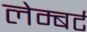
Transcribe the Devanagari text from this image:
लेम्‍बर्ट